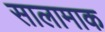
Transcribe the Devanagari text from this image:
सालामाक